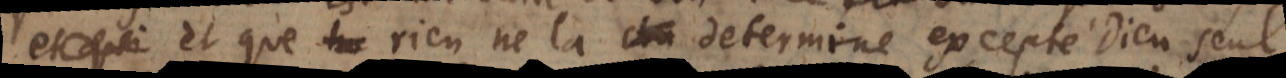
estre, et que rien ne la determine excepté Dieu seul.